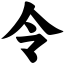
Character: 令